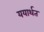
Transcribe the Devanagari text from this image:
ययार्थत